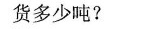
货多少吨?